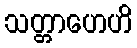
သတ္တာဟေဟိ